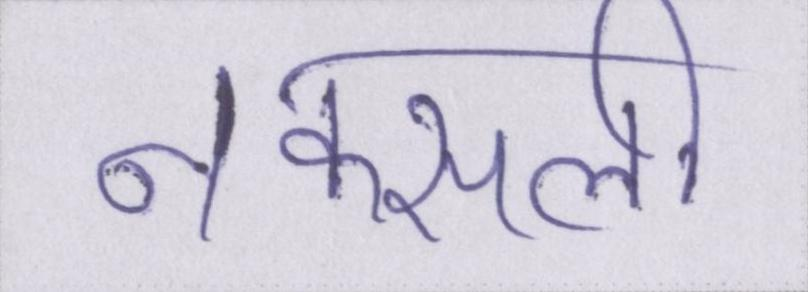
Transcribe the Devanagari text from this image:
नक्सली